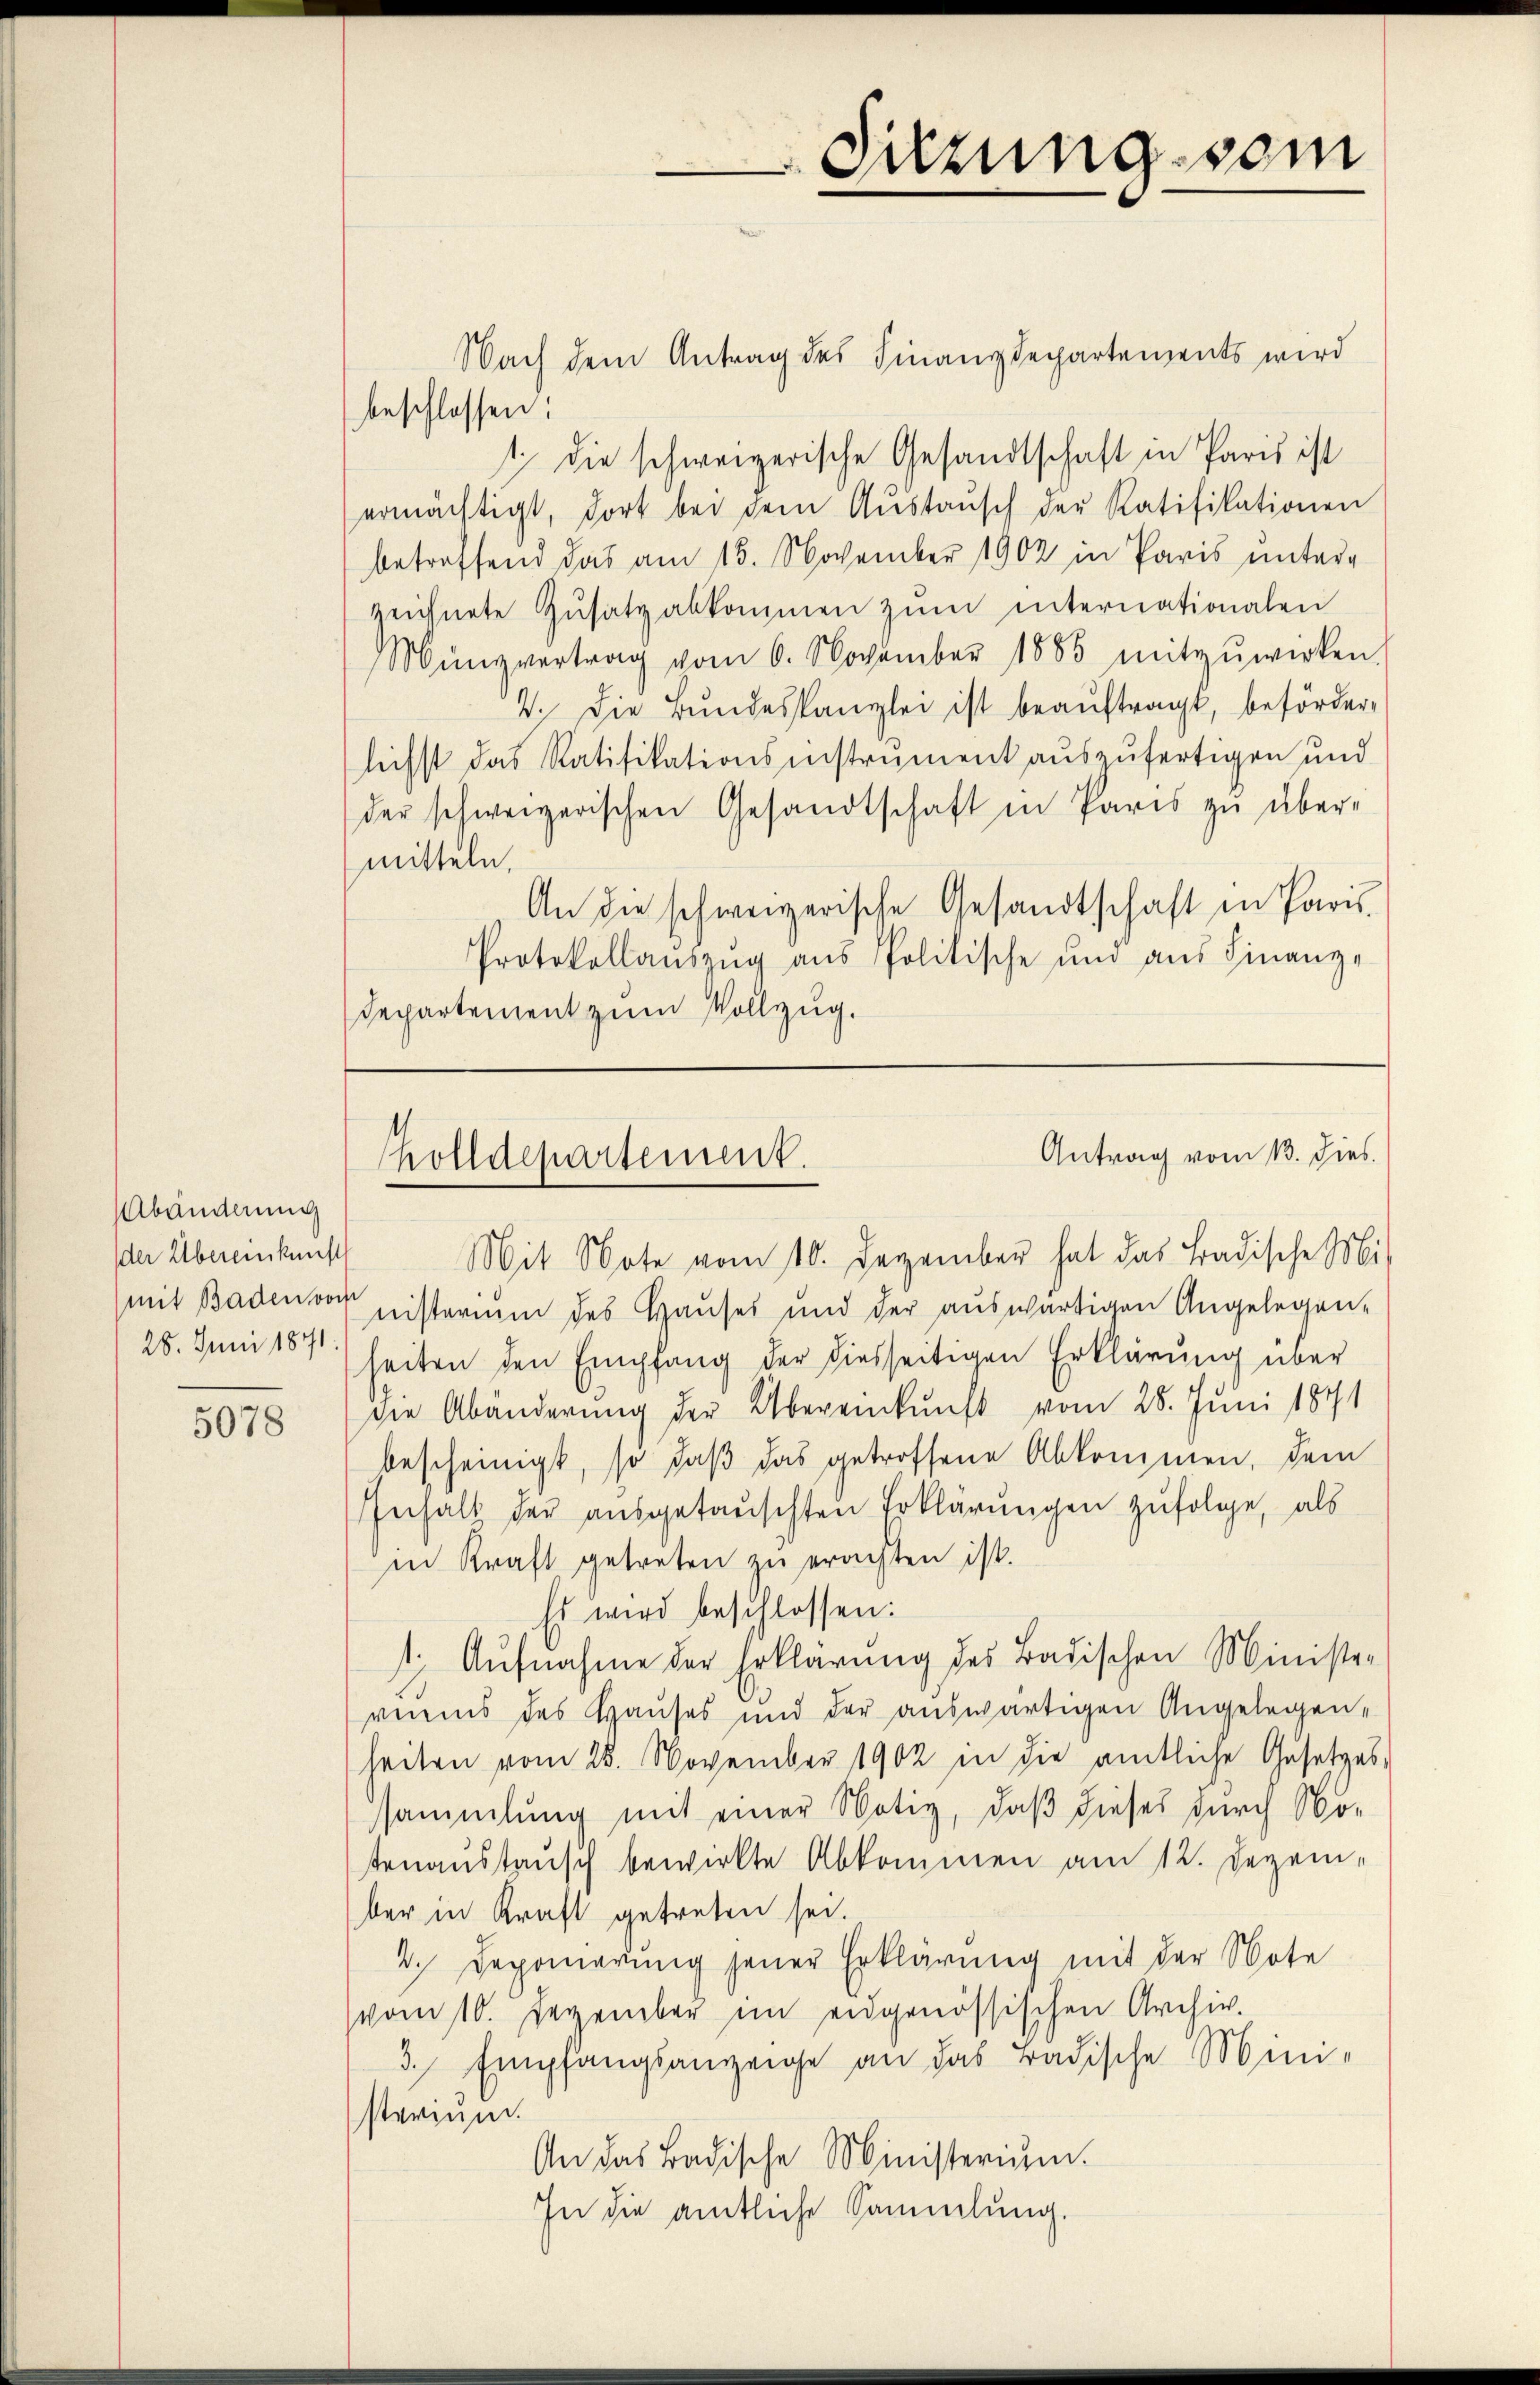
Abänderung
der Übereinkunft
28. Juni 1871.

5078

Nach dem Antrag des Finanzdepartements wird
beschlossen:
t die schweizerische Gesandtschaft in Paris ist
ermächtigt, dort bei dem Aŭstaŭsch der Ratifikationen
betreffend das am 15. November 1902 in Paris ŭnter-
zeichnete Zŭsatz abkommen zŭm internationalen
Münzvertrag vom 6. November 1888 mitzuwirken.
V. Die Bundeskanzlei ist beaŭftragt, beförder-
lichst das Ratifikationsinstrument auszufertigen und
der schweizerischen Gesandtschaft in Paris zŭ über-
mitteln,
An die schweizerische Gesandtschaft in Paris
Protokollaŭszŭg aŭs Politische und aŭs Finanz-
Departement zum Vollzug.

Sitzung vom

Antrag vom 13. dies
holldepartement.

Mit Note vom 10. Dezember hat das Badische Mi
mit Baden wo nisterium des Hauses und der auswärtigen Angelegen-
heiten den Empfang der diesseitigen Erklärung über
die Abänderung der Übereinkunft vom 28. Juni 1891
bescheinigt, so daß das getroffene Abkommen, dem
Gehalt der ausgetauschten Erklärungen zufolge, als
in Kraft getreten zu erachten ist.
Es wird beschlossen:
1. Aufnahme der Erklärung des Badischen Ministrvereins des Hauses und der auswärtigen Angelegen-
heiten vom 28. November 1902 in die amtliche Gesetzes-
sammlung mit einer Notiz, daß dieses durch No-
tenaustausch bewirkte Abkommen am 12. Dezem-
ber in Kraft getreten sei.
4. Deponierung jener Erklärung mit der Note
(vom 10. Dezember im eidgenössischen Archiv.
3. Empfangsanzeige an das Badische Mini-
sterium.
An das Badische Ministerium.
In die amtliche Sammlung.